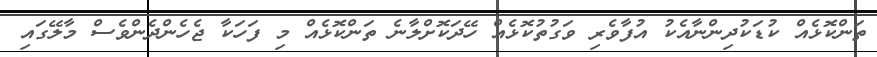
ތަންކޮޅެއް ކުޑަކުދިންނާއެކު އުފާވެރި ވަގުތުކޮޅެއް ހޭދަކޮށްލާނެ ތަންކޮޅެއް މި ފަހަކާ ޖެހެންދެންވެސް މާލޭގައި